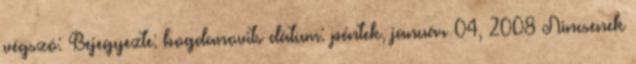
végszó: Bejegyezte: bogdanovits dátum: péntek, január 04, 2008 Nincsenek